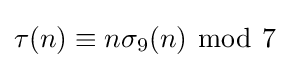
\tau (n)\equiv n\sigma _{9}(n)\ {\bmod {\ }}7